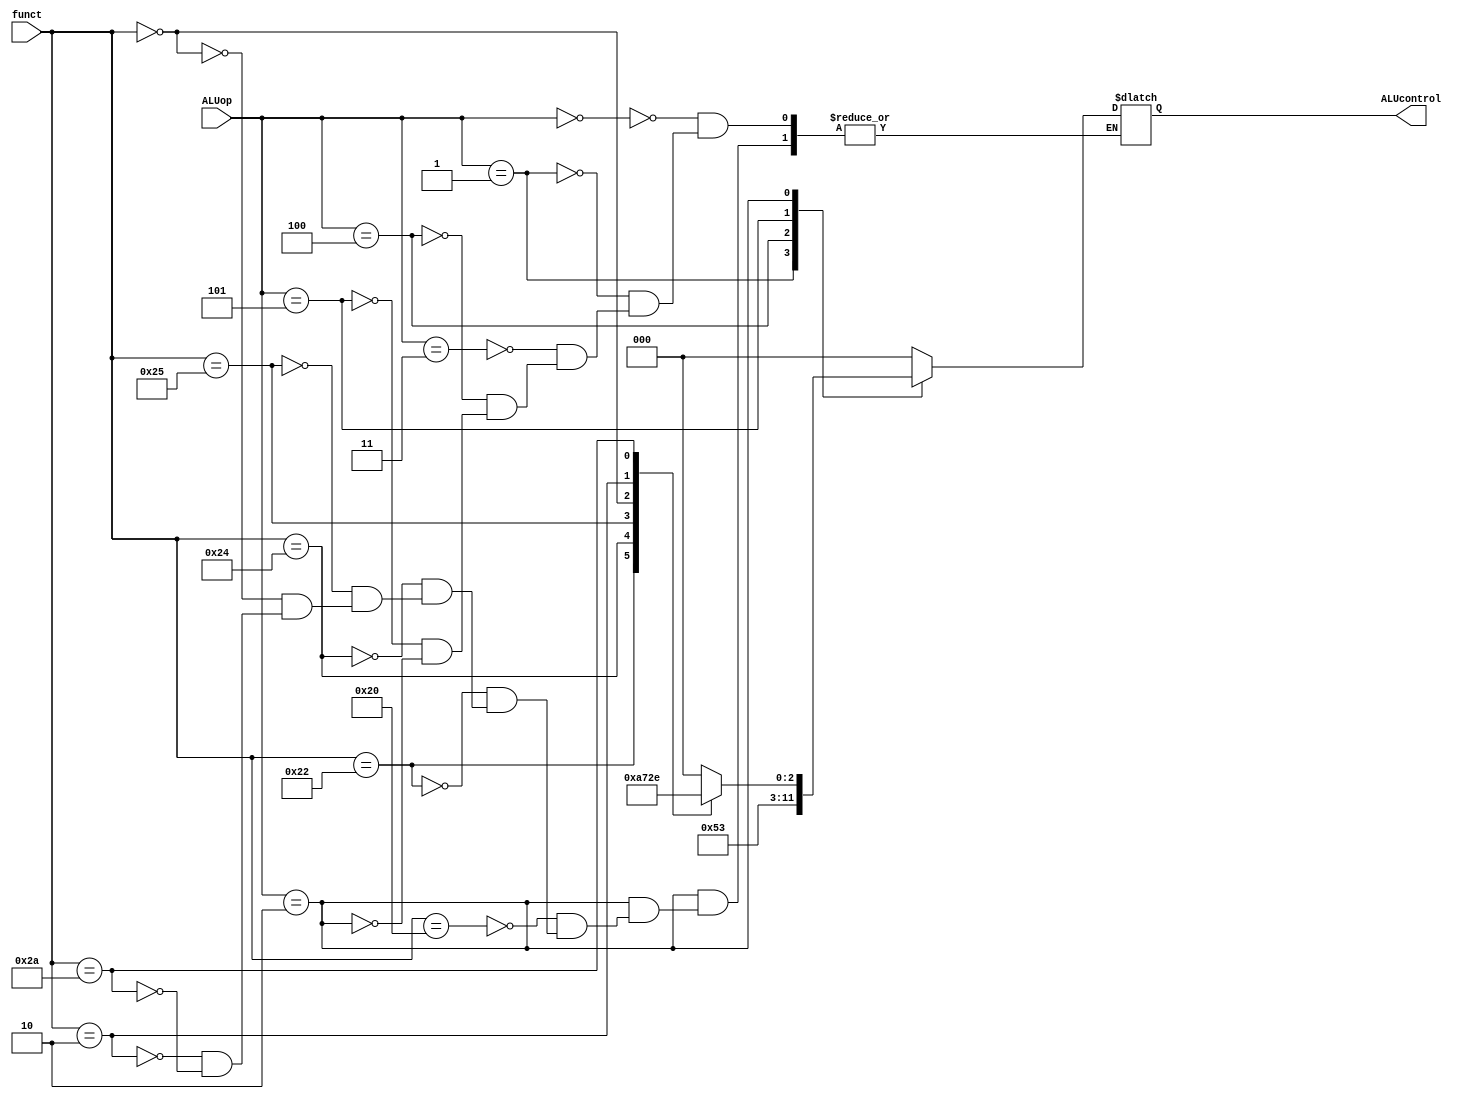
module ALUControl(ALUcontrol,ALUop,funct);
input[2:0] ALUop;
input[5:0] funct;
output reg [2:0] ALUcontrol;
 
always @(ALUop, funct)
begin
case(ALUop)
3'b000: ALUcontrol = 0; //lw,sw
3'b001: ALUcontrol = 1; //beq,bne
3'b011: ALUcontrol = 0; //addi
3'b100: ALUcontrol = 2; //andi
3'b101: ALUcontrol = 3; //ori
3'b010:  begin
            case(funct)
            6'b10_0000: ALUcontrol= 0; //add
            6'b10_0010: ALUcontrol= 1; //sub
            6'b10_0100: ALUcontrol= 2; //and
            6'b10_0101: ALUcontrol= 3; //or
            6'b00_0000: ALUcontrol= 4; //sll
            6'b00_0010: ALUcontrol= 5; //srl
            6'b10_1010: ALUcontrol= 6; //slt
            endcase
        end
endcase
end
 
endmodule